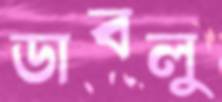
ডাবলু